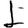
Digit: 1